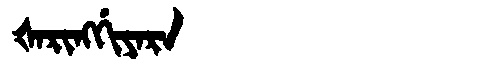
Manchu: ᡧᠠᡵᡳᠩᡤᡳᠶᠠᡵᠠ
Romanization: ŠARINGGIYARA